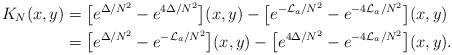
LaTeX: \begin{align*}K_N(x,y)&=\bigl[e^{\Delta/N^2}-e^{4\Delta/N^2}\bigr](x,y)-\bigl[e^{-\mathcal L_a/N^2}-e^{-4\mathcal L_a/N^2}\bigr](x,y)\\&=\bigl[e^{\Delta/N^2}-e^{-\mathcal L_a/N^2}\bigr](x,y)-\bigl[e^{4\Delta/N^2}-e^{-4\mathcal L_a/N^2}\bigr](x,y).\end{align*}